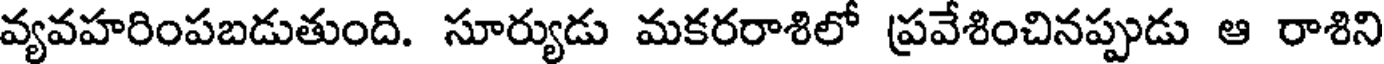
వ్యవహరింపబడుతుంది. సూర్యుడు మకరరాశిలో ప్రవేశించినప్పుడు ఆ రాశిని